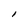
Character: I